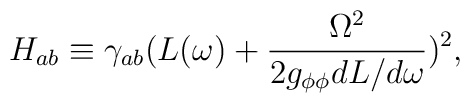
H_{ab}\equiv\gamma_{ab}(L(\omega)+\frac{\Omega^2}{2g_{\phi\phi}dL/d\omega})^2,